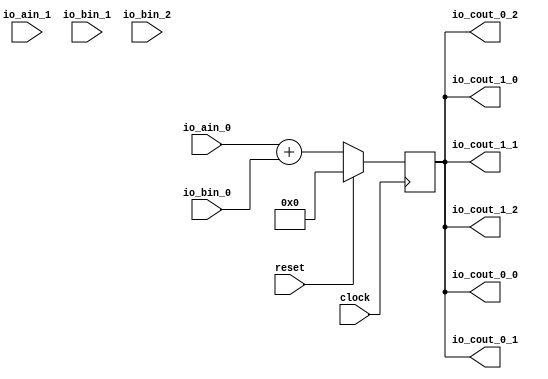
module SystolicArray(
  input         clock,
  input         reset,
  input  [31:0] io_ain_0,
  input  [31:0] io_ain_1,
  input  [31:0] io_bin_0,
  input  [31:0] io_bin_1,
  input  [31:0] io_bin_2,
  output [31:0] io_cout_0_0,
  output [31:0] io_cout_0_1,
  output [31:0] io_cout_0_2,
  output [31:0] io_cout_1_0,
  output [31:0] io_cout_1_1,
  output [31:0] io_cout_1_2
);
`ifdef RANDOMIZE_REG_INIT
  reg [31:0] _RAND_0;
`endif // RANDOMIZE_REG_INIT
  reg [31:0] reg1; // @[systolic_array.scala 11:27]
  wire [31:0] _T_2 = $signed(io_ain_0) + $signed(io_bin_0); // @[systolic_array.scala 12:27]
  assign io_cout_0_0 = reg1; // @[systolic_array.scala 15:39]
  assign io_cout_0_1 = reg1; // @[systolic_array.scala 15:39]
  assign io_cout_0_2 = reg1; // @[systolic_array.scala 15:39]
  assign io_cout_1_0 = reg1; // @[systolic_array.scala 15:39]
  assign io_cout_1_1 = reg1; // @[systolic_array.scala 15:39]
  assign io_cout_1_2 = reg1; // @[systolic_array.scala 15:39]
`ifdef RANDOMIZE_GARBAGE_ASSIGN
`define RANDOMIZE
`endif
`ifdef RANDOMIZE_INVALID_ASSIGN
`define RANDOMIZE
`endif
`ifdef RANDOMIZE_REG_INIT
`define RANDOMIZE
`endif
`ifdef RANDOMIZE_MEM_INIT
`define RANDOMIZE
`endif
`ifndef RANDOM
`define RANDOM $random
`endif
`ifdef RANDOMIZE_MEM_INIT
  integer initvar;
`endif
`ifndef SYNTHESIS
`ifdef FIRRTL_BEFORE_INITIAL
`FIRRTL_BEFORE_INITIAL
`endif
initial begin
  `ifdef RANDOMIZE
    `ifdef INIT_RANDOM
      `INIT_RANDOM
    `endif
    `ifndef VERILATOR
      `ifdef RANDOMIZE_DELAY
        #`RANDOMIZE_DELAY begin end
      `else
        #0.002 begin end
      `endif
    `endif
`ifdef RANDOMIZE_REG_INIT
  _RAND_0 = {1{`RANDOM}};
  reg1 = _RAND_0[31:0];
`endif // RANDOMIZE_REG_INIT
  `endif // RANDOMIZE
end // initial
`ifdef FIRRTL_AFTER_INITIAL
`FIRRTL_AFTER_INITIAL
`endif
`endif // SYNTHESIS
  always @(posedge clock) begin
    if (reset) begin
      reg1 <= 32'sh0;
    end else begin
      reg1 <= _T_2;
    end
  end
endmodule